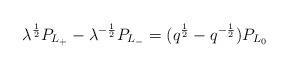
LaTeX: \begin{align*}\lambda^{1 \over 2} P_{L_+} -\lambda^{-{1\over 2}}P_{L_-} =(q^{1\over2} -q^{-{1\over 2}})P_{L_0}\end{align*}